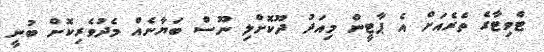
ޓްވިޓާގެ ތެރެއަށް އެ ޕާޓީން މިއަދު ދޫކޮށްލި ނޫސް ބަޔާނެއް މެދުވެރިކޮށް ބުނީ